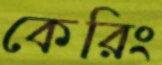
কেরিং